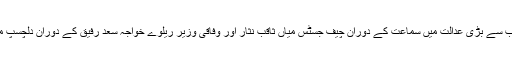
پاکستان کی سب سے بڑی عدالت میں سماعت کے دوران چیف جسٹس میاں ثاقب نثار اور وفاقی وزیر ریلوے خواجہ سعد رفیق کے دوران دلچسپ مکالمہ بھی ہوا۔